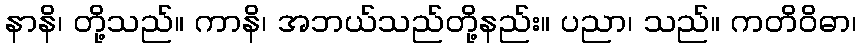
နာနိ၊ တို့သည်။ ကာနိ၊ အဘယ်သည်တို့နည်း။ ပညာ၊ သည်။ ကတိဝိဓာ၊